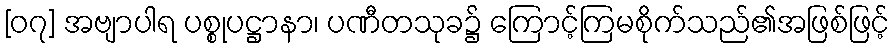
[၀၇] အဗျာပါရ ပစ္စုပဋ္ဌာနာ၊ ပဏီတသုခ၌ ကြောင့်ကြမစိုက်သည်၏အဖြစ်ဖြင့်